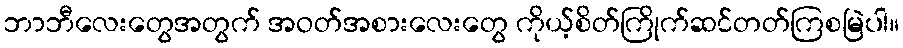
ဘာဘီလေးတွေအတွက် အဝတ်အစားလေးတွေ ကိုယ့်စိတ်ကြိုက်ဆင်တတ်ကြစမြဲပါ။